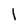
Character: 1